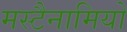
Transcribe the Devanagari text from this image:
मस्टैनामियो